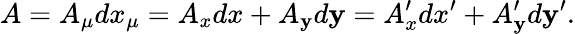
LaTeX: A=A_{\mu}dx_{\mu}=A_{x}dx+A_{\mathbf{y}}d\mathbf{y}=A_{x}^{\prime}dx^{\prime}+A_{\mathbf{y}}^{\prime}d\mathbf{y}^{\prime}.